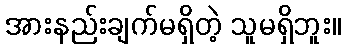
အားနည်းချက်မရှိတဲ့ သူမရှိဘူး။